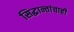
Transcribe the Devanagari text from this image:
सिद्धान्तांचाही